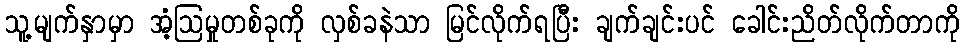
သူ့မျက်နှာမှာ အံ့ဩမှုတစ်ခုကို လှစ်ခနဲသာ မြင်လိုက်ရပြီး ချက်ချင်းပင် ခေါင်းညိတ်လိုက်တာကို